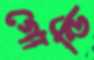
গোল্ডি